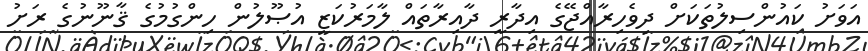
އަވަށު ކައުންސިލުތަކަށް ދިވެހިރާއްޖޭގެ އިދާރީ ދާއިރާތައް ލާމަރުކަޒީ އުޞޫލުން ހިންގުމުގެ ޤާނޫނުގެ ރަށު